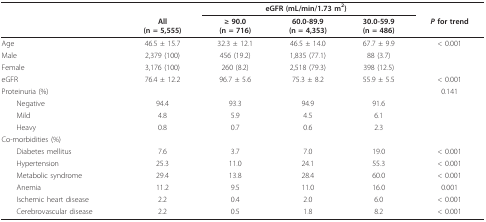
<table><thead><tr><td></td><td></td><td colspan="3"><b>eGFR (mL/min/1.73 m<sup>2</sup>)</b></td><td></td></tr><tr><td></td><td><b>All(n = 5,555)</b></td><td><b>≥ 90.0(n = 716)</b></td><td><b>60.0-89.9(n = 4,353)</b></td><td><b>30.0-59.9(n = 486)</b></td><td><b><i>P </i>for trend</b></td></tr></thead><tbody><tr><td>Age</td><td>46.5 ± 15.7</td><td>32.3 ± 12.1</td><td>46.5 ± 14.0</td><td>67.7 ± 9.9</td><td>&lt; 0.001</td></tr><tr><td>Male</td><td>2,379 (100)</td><td>456 (19.2)</td><td>1,835 (77.1)</td><td>88 (3.7)</td><td></td></tr><tr><td>Female</td><td>3,176 (100)</td><td>260 (8.2)</td><td>2,518 (79.3)</td><td>398 (12.5)</td><td></td></tr><tr><td>eGFR</td><td>76.4 ± 12.2</td><td>96.7 ± 5.6</td><td>75.3 ± 8.2</td><td>55.9 ± 5.5</td><td>&lt; 0.001</td></tr><tr><td>Proteinuria (%)</td><td></td><td></td><td></td><td></td><td>0.141</td></tr><tr><td> Negative</td><td>94.4</td><td>93.3</td><td>94.9</td><td>91.6</td><td></td></tr><tr><td> Mild</td><td>4.8</td><td>5.9</td><td>4.5</td><td>6.1</td><td></td></tr><tr><td> Heavy</td><td>0.8</td><td>0.7</td><td>0.6</td><td>2.3</td><td></td></tr><tr><td>Co-morbidities (%)</td><td></td><td></td><td></td><td></td><td></td></tr><tr><td> Diabetes mellitus</td><td>7.6</td><td>3.7</td><td>7.0</td><td>19.0</td><td>&lt; 0.001</td></tr><tr><td> Hypertension</td><td>25.3</td><td>11.0</td><td>24.1</td><td>55.3</td><td>&lt; 0.001</td></tr><tr><td> Metabolic syndrome</td><td>29.4</td><td>13.8</td><td>28.4</td><td>60.0</td><td>&lt; 0.001</td></tr><tr><td> Anemia</td><td>11.2</td><td>9.5</td><td>11.0</td><td>16.0</td><td>0.001</td></tr><tr><td> Ischemic heart disease</td><td>2.2</td><td>0.4</td><td>2.0</td><td>6.0</td><td>&lt; 0.001</td></tr><tr><td> Cerebrovascular disease</td><td>2.2</td><td>0.5</td><td>1.8</td><td>8.2</td><td>&lt; 0.001</td></tr></tbody></table>